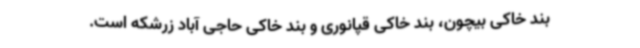
بند خاکی بیچون، بند خاکی قپانوری و بند خاکی حاجی آباد زرشکه است.